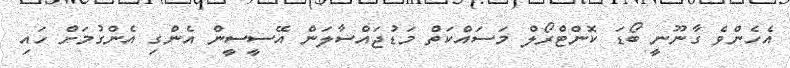
އެހެންވެ ގާނޫނީ ބޯޑަ ކޮންޓްރޯލް މަސައްކަތް މަޑުޖައްސާލަން އޭސީސީން އެންގި އެންގުމަށް ހައި